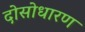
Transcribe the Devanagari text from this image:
दोसोधारण